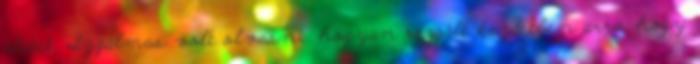
életét. Izgalmas volt olvasni, hogyan reagált kezdetben arra, hogy